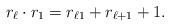
LaTeX: \begin{gather*}r_{\ell} \cdot r_1 = r_{\ell 1} + r_{\ell +1} + 1.\end{gather*}